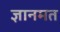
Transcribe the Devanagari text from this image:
ज्ञानमत